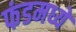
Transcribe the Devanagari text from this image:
फंडमध्ये